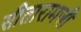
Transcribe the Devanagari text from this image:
सीतारामजी